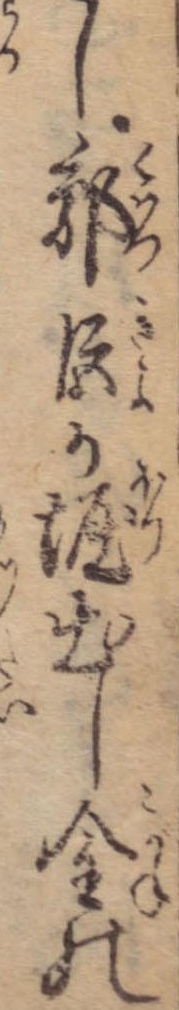
し郭巨か堀出し金の